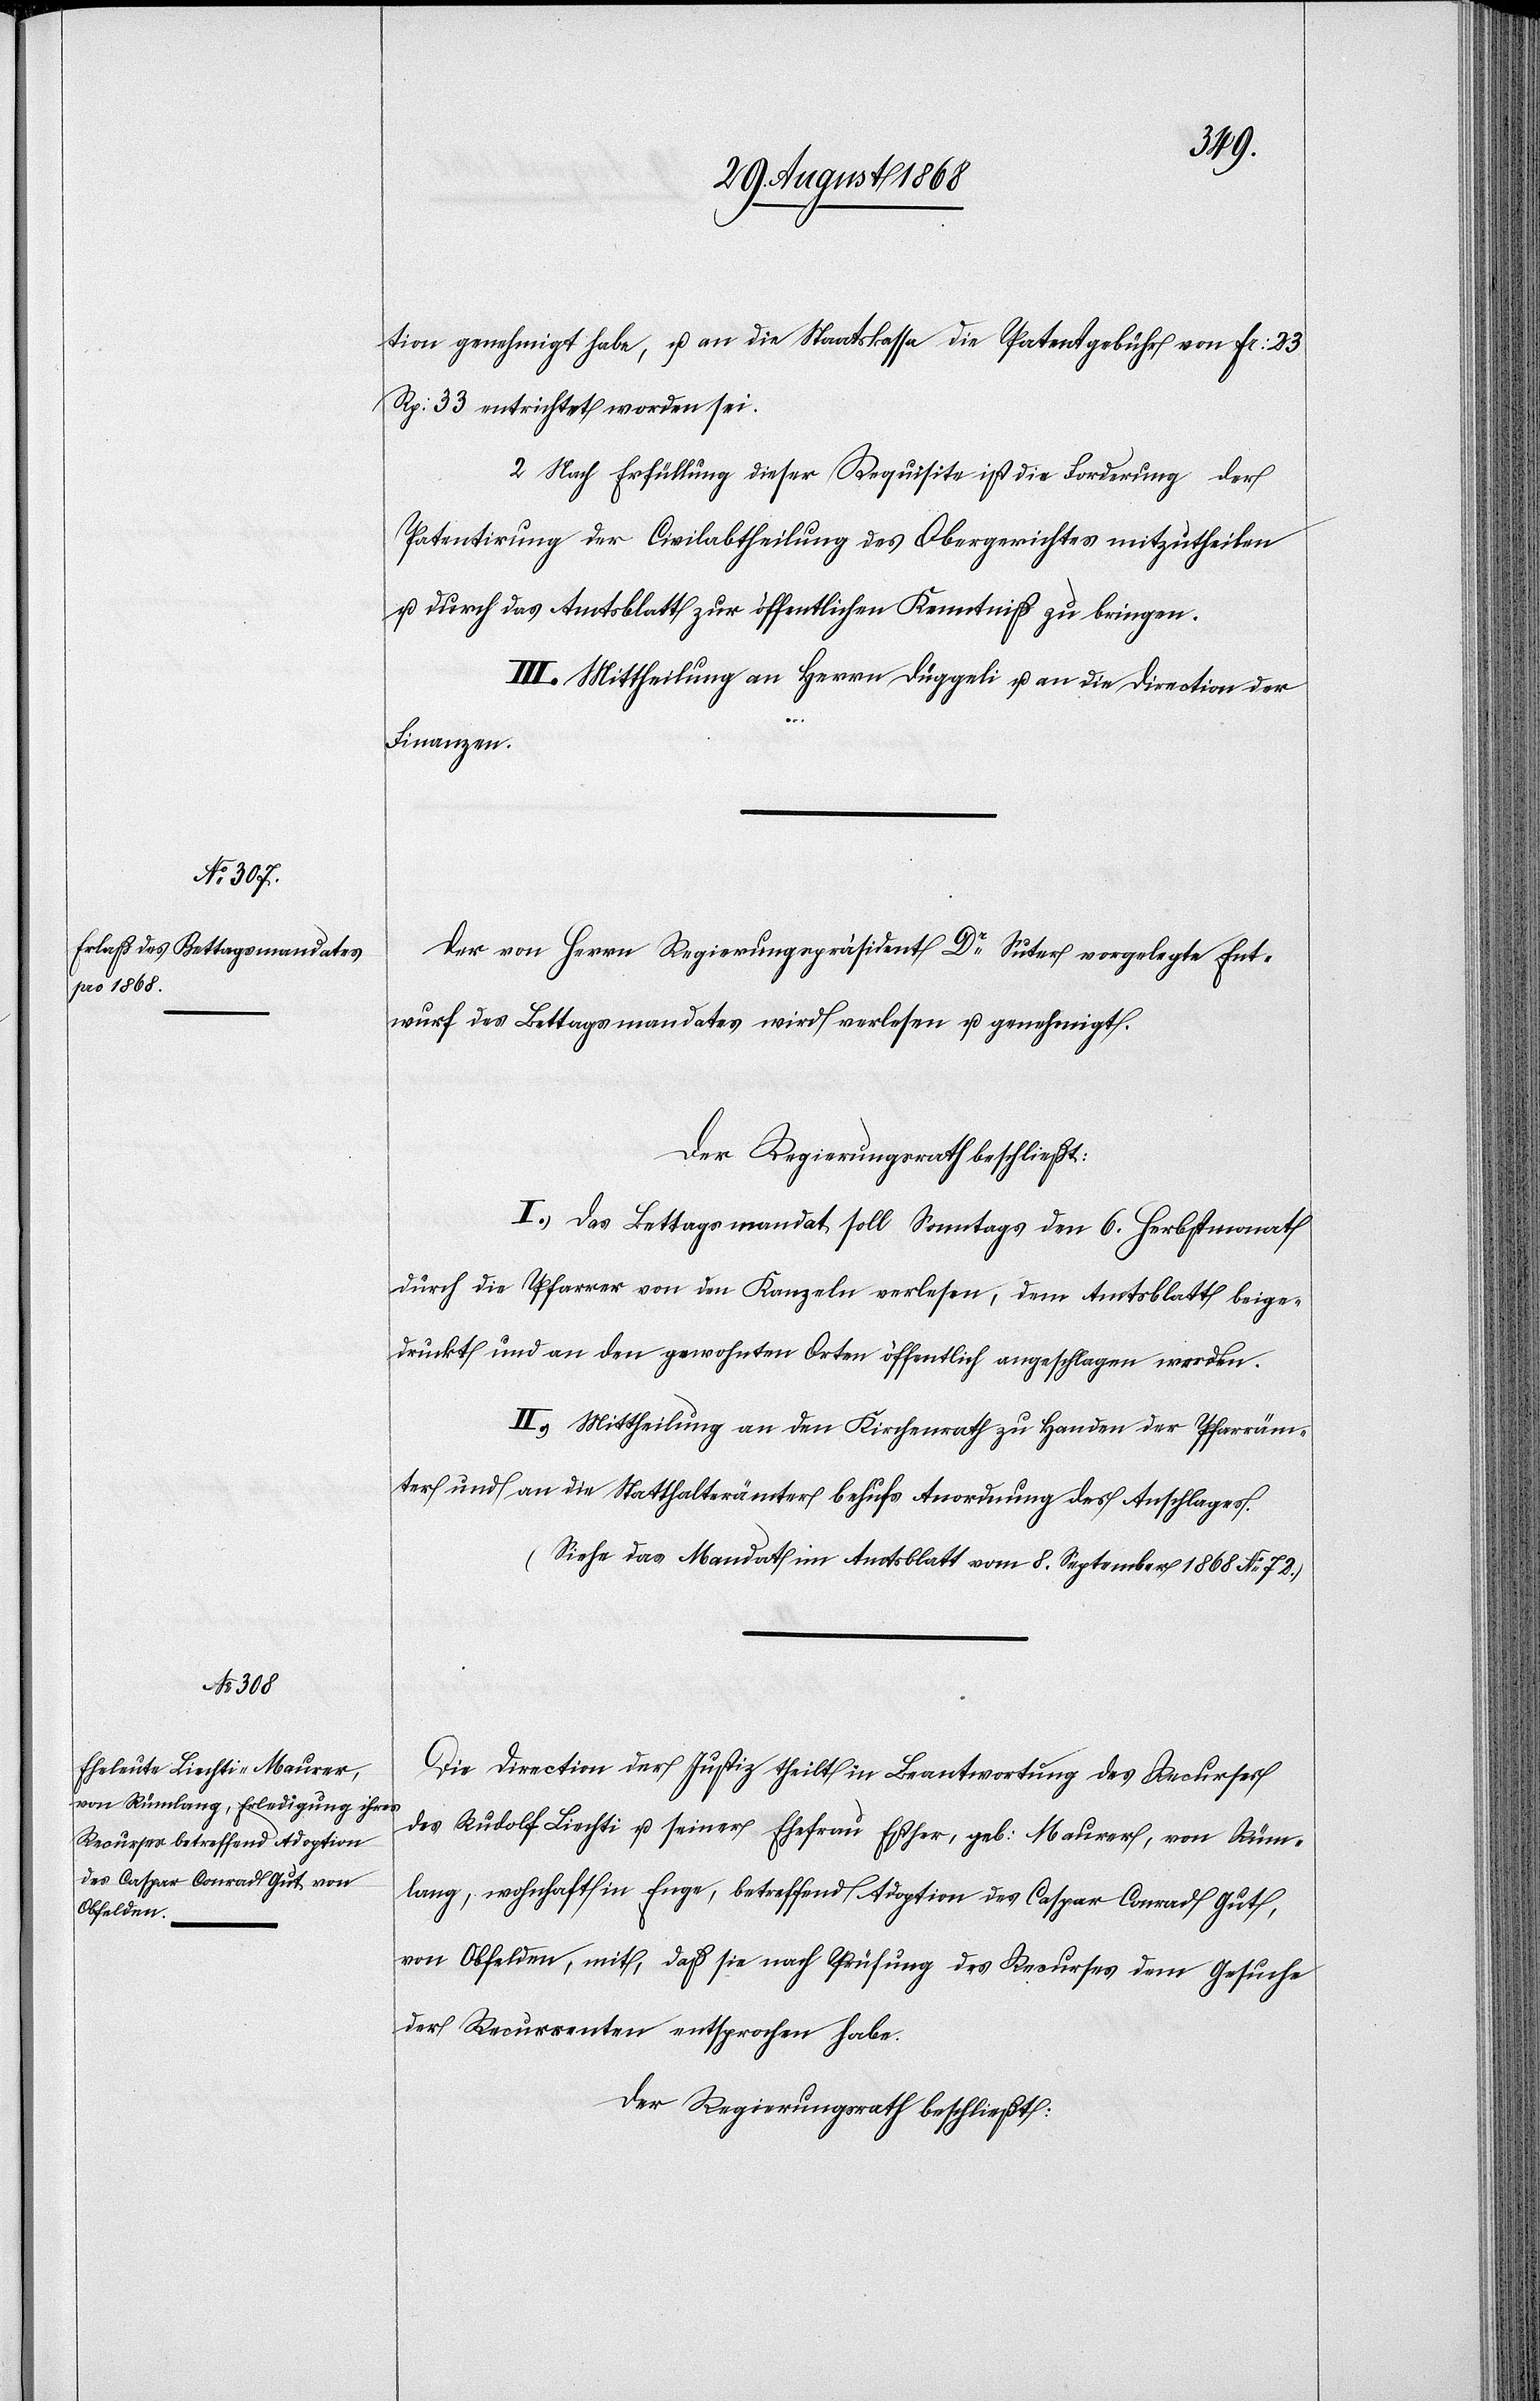
tion genehmigt habe, u. an die Staatskassa die Patentgebühr von Fr: 23
Rp: 33 entrichtet worden sei.
II.] Nach Erfüllung dieser Requisite ist die Forderung der
Patentirung der Civilabtheilung des Obergerichtes mitzutheilen
u. durch das Amtsblatt zur öffentlichen Kenntniß zu bringen.
III. Mittheilung an Herrn Düggeli u. an die Direction der
Finanzen.
Der von Herrn Regierungspräsident Dr Suter vorgelegte Ent¬
wurf des Bettagsmandates wird verlesen u. genehmigt.
Der Regierungsrath beschließt:
I.) Das Bettagsmandat soll Sonntags den 6. Herbstmonat
durch die Pfarrer von den Kanzeln verlesen, dem Amtsblatt beige¬
druckt und an den gewohnten Orten öffentlich angeschlagen werden.
II.) Mittheilung an den Kirchenrath zu Handen der Pfarräm¬
ter und an die Statthalterämter behufs Anordnung des Anschlages.
(Siehe das Mandat im Amtsblatt vom 8. September 1868 No 72.)
Die Direction der Justiz theilt in Beantwortung des Recurses
des Rudolf Liechti u. seiner Ehefrau Esther, geb: Maurer, von Rüm¬
lang, wohnhaft in Enge, betreffend Adoption des Caspar Conrad Gut,
von Obfelden, mit, daß sie nach Prüfung des Recurses dem Gesuche
der Recurrenten entsprochen habe.
Der Regierungsrath beschließt: